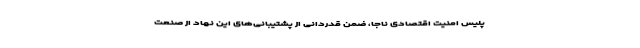
پلیس امنیت اقتصادی ناجا، ضمن قدردانی از پشتیبانی‌های این نهاد از صنعت